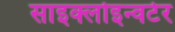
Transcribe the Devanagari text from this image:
साइक्लोइन्वर्टर